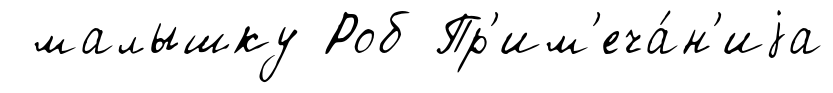
малышку Роб Пр'им'еча́н'иjа